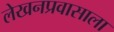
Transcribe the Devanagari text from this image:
लेखनप्रवासाला